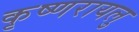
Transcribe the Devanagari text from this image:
कृष्णरायलु